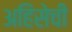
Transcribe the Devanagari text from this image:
अहिंसेची